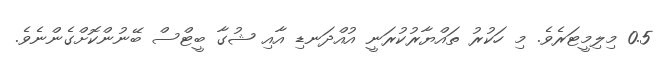
0.5 މިލިމީޓަރެވެ. މި ހަކުރު ތައްޔާރުކުރަނީ އުއްދަނޑި އާއި ޝުގާ ބީޓްސް ބޭނުންކޮށްގެންނެވެ.